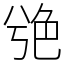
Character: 䒊